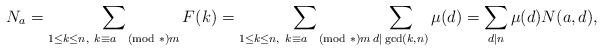
LaTeX: \begin{align*} N_a = \sum_{1 \leq k \leq n,~k \equiv a \pmod*{m}}F(k) = \sum_{1 \leq k \leq n,~k \equiv a \pmod*{m}}\sum_{d|\gcd(k,n)}\mu(d) = \sum_{d|n}\mu(d)N(a,d), \end{align*}